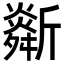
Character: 𣃌